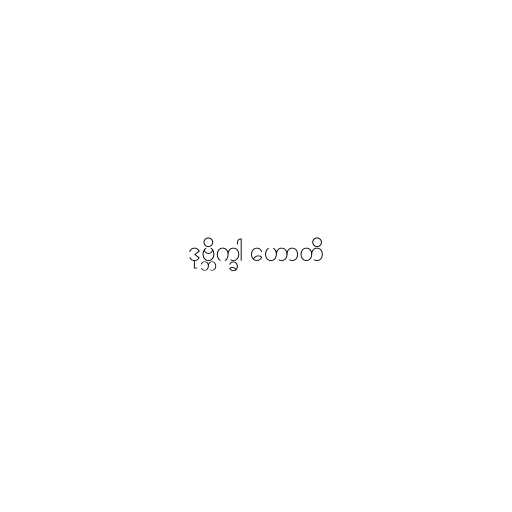
ဒုဗ္ဘိက္ခါ ဟောတိ